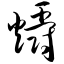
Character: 爝